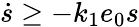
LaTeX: \dot{s}\geq-k_{1}e_{0}s